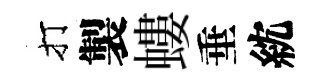
打製螻垂紞